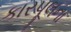
કારપૂલના